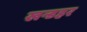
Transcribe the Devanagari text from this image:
खन्डहर